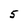
Character: 5